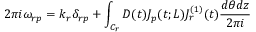
2 \pi i \omega _ { r p } = k _ { r } \delta _ { r p } + \int _ { C _ { r } } D ( t ) J _ { p } ( t ; L ) J _ { r } ^ { ( 1 ) } ( t ) \frac { d \theta d z } { 2 \pi i }